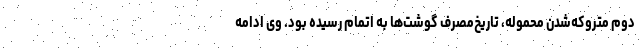
دوم متروکه‌شدن محموله، تاریخ‌مصرف گوشت‌ها به اتمام رسیده بود. وی ادامه